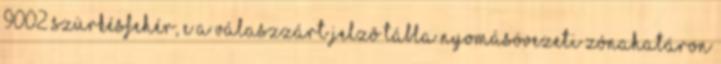
9002 szürkésfehér, e a válaszzárt jelzõ tábla nyomásövezeti zónahatáron